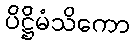
ပိဋ္ဌိမံသိကော